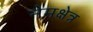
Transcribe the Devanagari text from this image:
नेमक्षेत्र